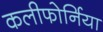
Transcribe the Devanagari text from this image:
कलीफोर्निया